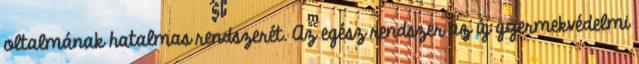
oltalmának hatalmas rendszerét. Az egész rendszer az új gyermekvédelmi